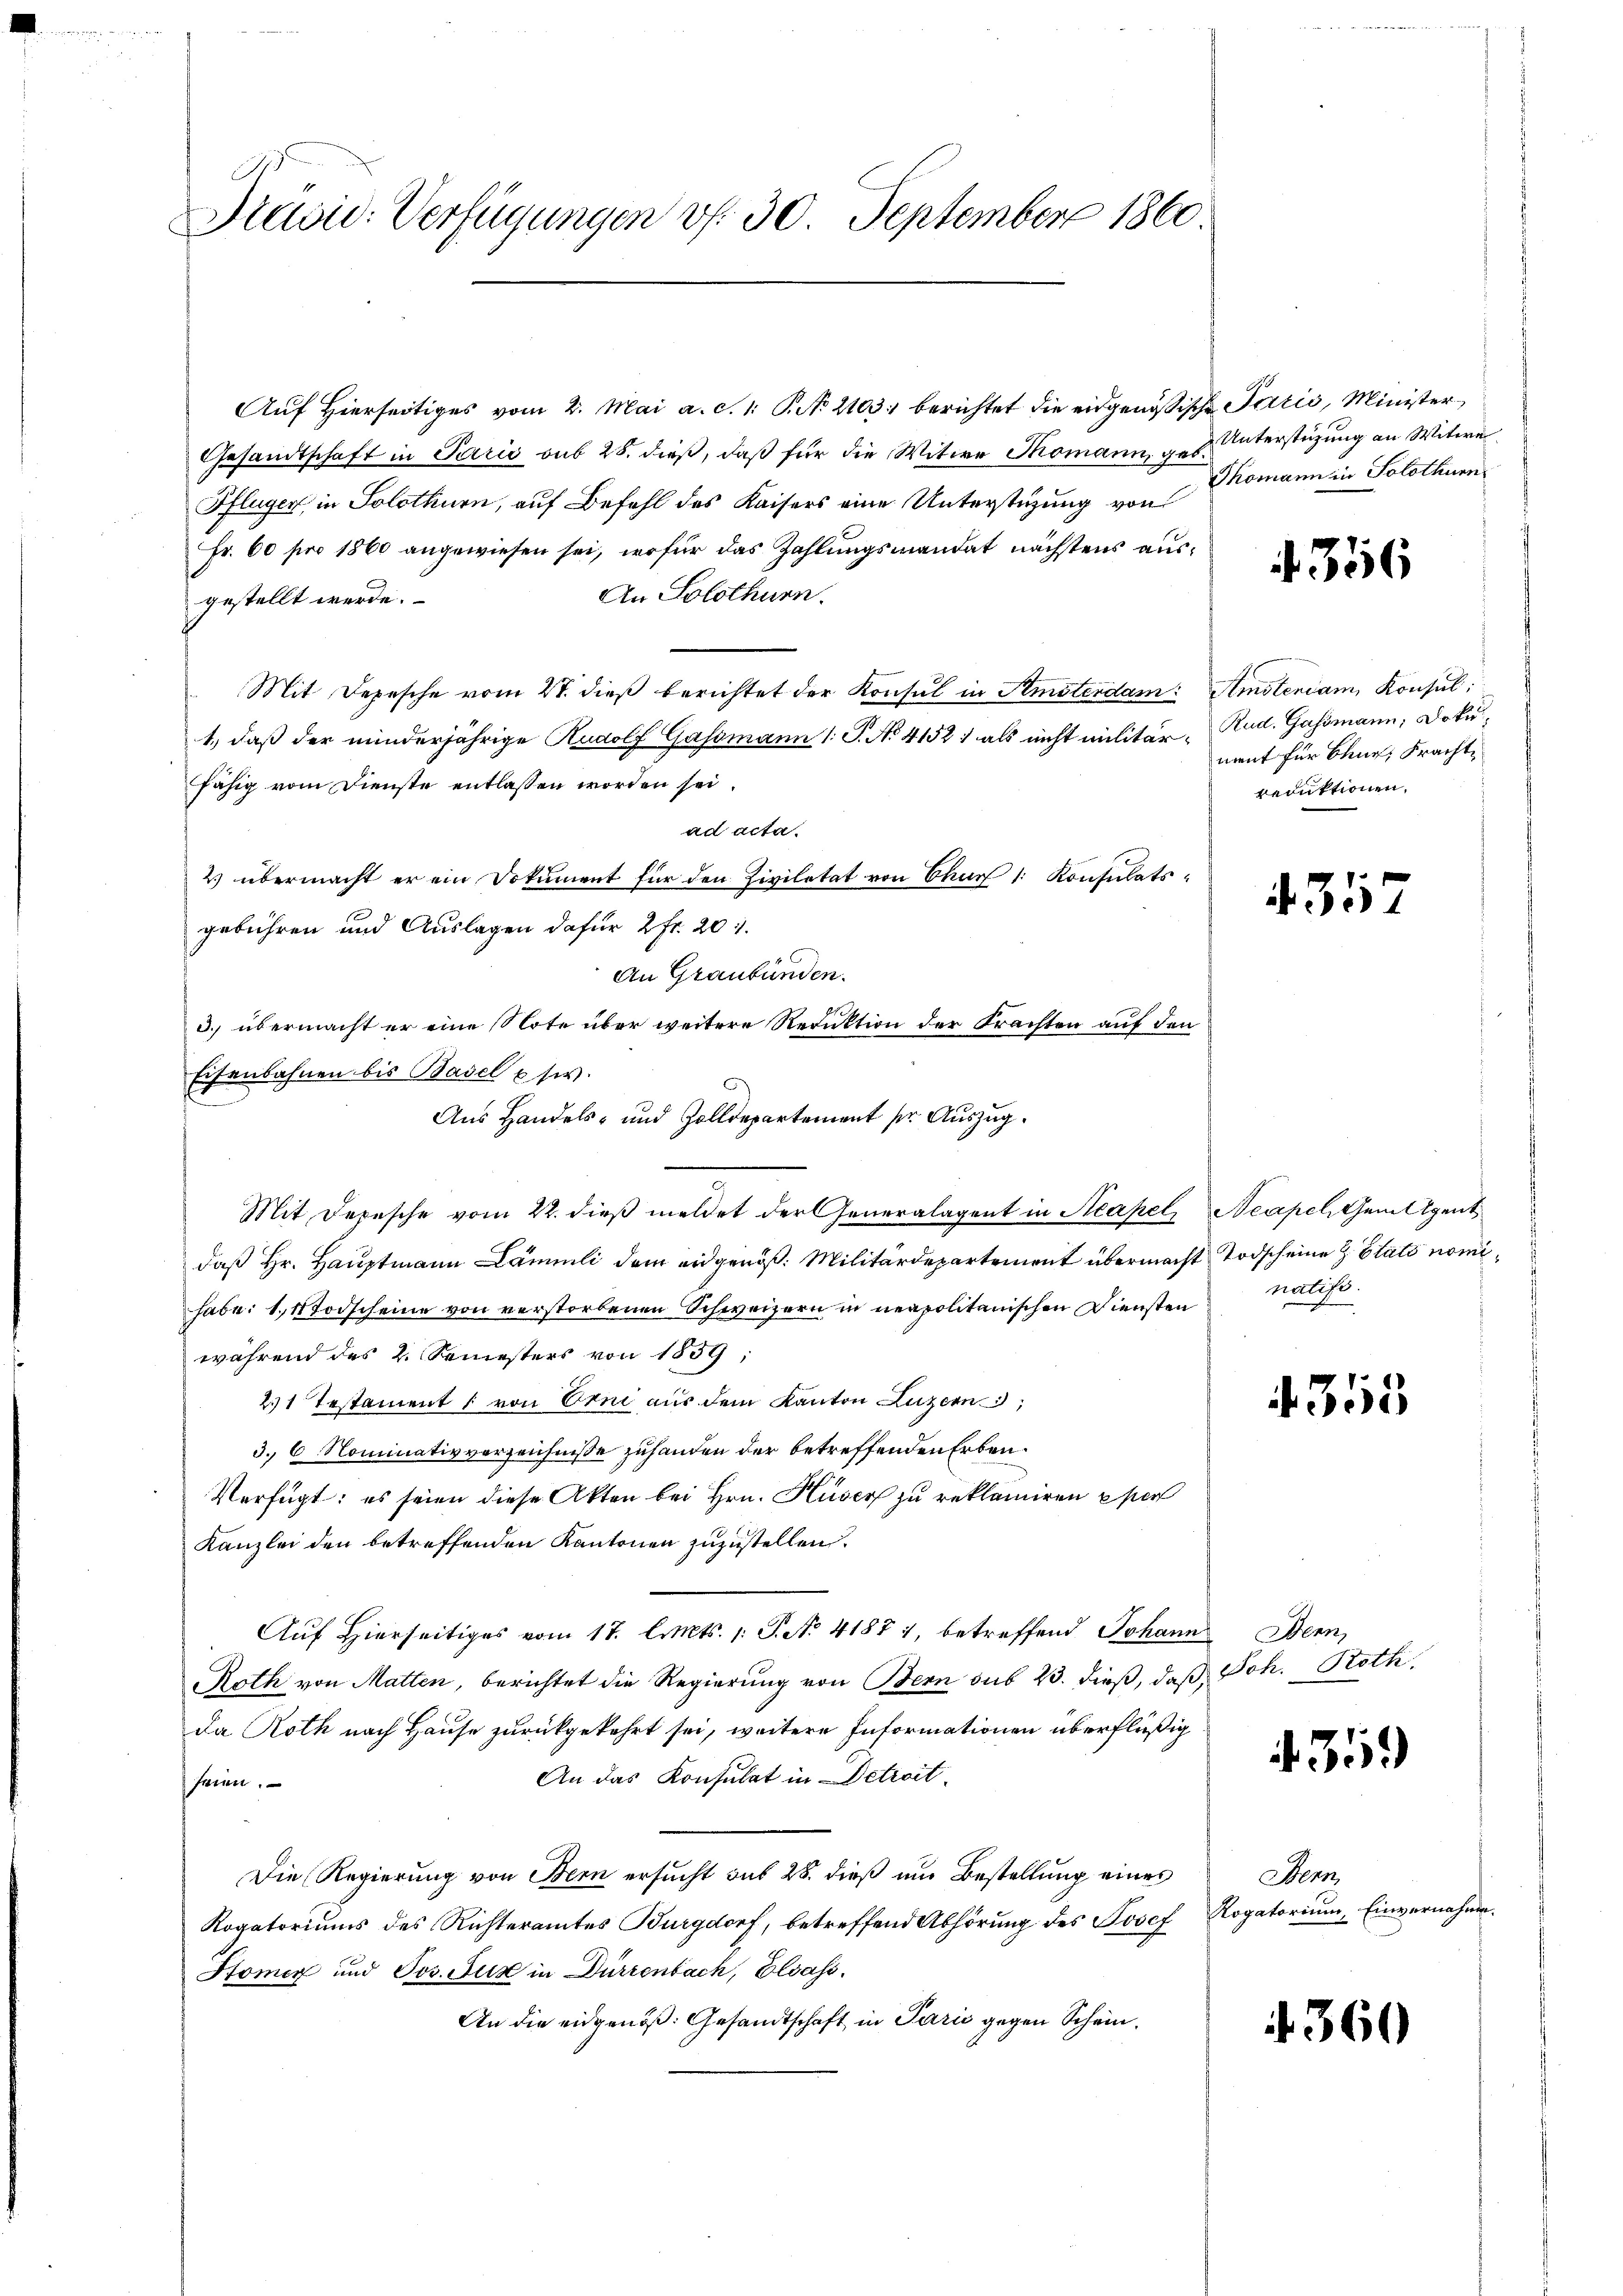
d
Piuvid: Verfügungen v. 30. September 1860.

s

Eisenbahnen bis Basel u. sie.

Auf hierseitiges vom 2. Mai a. c. 1. P. N. 2103. berichtet die eidgenössische Paris, Minister
Gesandtschaft in Paris sub 28. dieß, daß für die Witwe Romann, geb.
Pflüger, in Solothurn, auf Befehl des Kaisers eine Unterstüzung von
Fr. 60 pro 1860 angewiesen sei, wofür das Zahlungsmandat nächstens aus¬
An Solothurn.
gestellt werde.
Mit Depesche vom 21. dieß berichtet der Konsul in Amsterdam: Amsteniam, Konsul
1., daß der minderjährige Rudolf Gassmann 1: P. No 4152) als nicht militär-Rud. Gassmann, Doku
fähig vom Dienste entlassen worden sei.
ad acta.
2) übermacht er ein Dokument für den Zivilität von Chur 1. Konsulats
gebühren und Auslagen dafür 2 fr. 201.
An Graubünden.
3. übermacht er eine Note über weitere Reduktion der Frachten auf den
Aus Handels- und Zolldepartement pr. Auszug.
Mit Depesche vom 22. dieß meldet der Generalagent in Neapel Neapel, Gemtleut
daß Hr. Hauptmann Lämmli dem eidgenöß: Militärdepartement übermacht Todscheine z. Statt nomihabe: 1. Todscheine von verstorbenen Schweizern in neapolitanischen Diensten
während des 2. Semesters von 1859;
21 Testament  von Erni aus dem Kanton Luzern,
3. 6 Nominativverzeichnisse zuhanden der betreffenden Erben¬
Verfügt: es seien diese Akten bei Hrn. Huser zu reklamiren eher
Kanzlei den betreffenden Kantonen zuzustellen.
Auf Hierseitiges vom 17. Cts. 1. P. N. 41871, betreffend Johann Bern,
Roth von Matten, berichtet die Regierung von Bern sub 23. dieß, daß Joh. Roth,
Da Roth nach Hause zurückgekehrt sei, weitere Informationen überflüßig
An das Konsulat in Detreit
seien.
Die Regierung von Bern ersucht sub 28. dieß um Bestellung eines
Kogatoriums des Richteramtes Burgdorf, betreffend Abhörŭng des Josef Rogatoriŭm, Einvernahme.
Stomer und Jos. Nur in Dürzenbach, Elsass.
An die eidgenöß. Gesandtschaft in Paris gegen Schein¬

Unterstüzung an Witwe
Thomann in Solothurn

nent für Chur, Frachtreduktionen.

356

431

natist.

4355

359

Benn

360